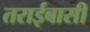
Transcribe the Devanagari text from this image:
तराईबासी